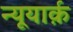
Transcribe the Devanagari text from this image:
न्यूयार्क़